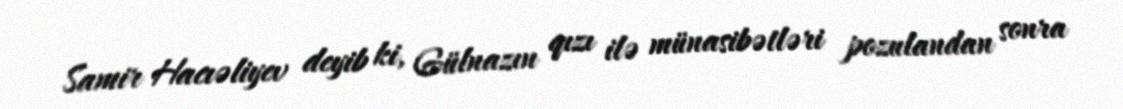
Samir Hacıəliyev deyib ki, Gülnazın qızı ilə münasibətləri pozulandan sonra